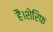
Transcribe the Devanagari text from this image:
है।शेरिफ